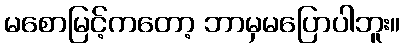
မစောမြင့်ကတော့ ဘာမှမပြောပါဘူး။